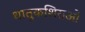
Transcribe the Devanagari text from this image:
धातुकशिराओं